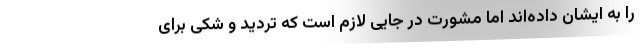
را به ایشان داده‌اند اما مشورت در جایی لازم است که تردید و شکی برای